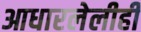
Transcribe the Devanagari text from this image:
आधारलेलीही